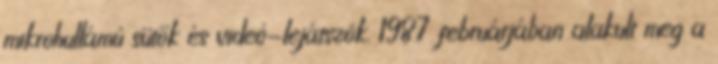
mikrohullámú sütők és videó-lejátszók. 1987 februárjában alakult meg a